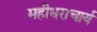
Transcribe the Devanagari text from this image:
महीधराचार्य